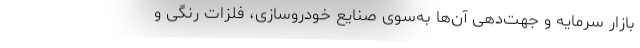
بازار سرمایه و جهت‌دهی آن‌ها به‌سوی صنایع خودروسازی، فلزات رنگی و